Annual report of the Punjab Veterinary College and of the Civil Veterinary Department, Punjab - 1894-1908
Year: 1894
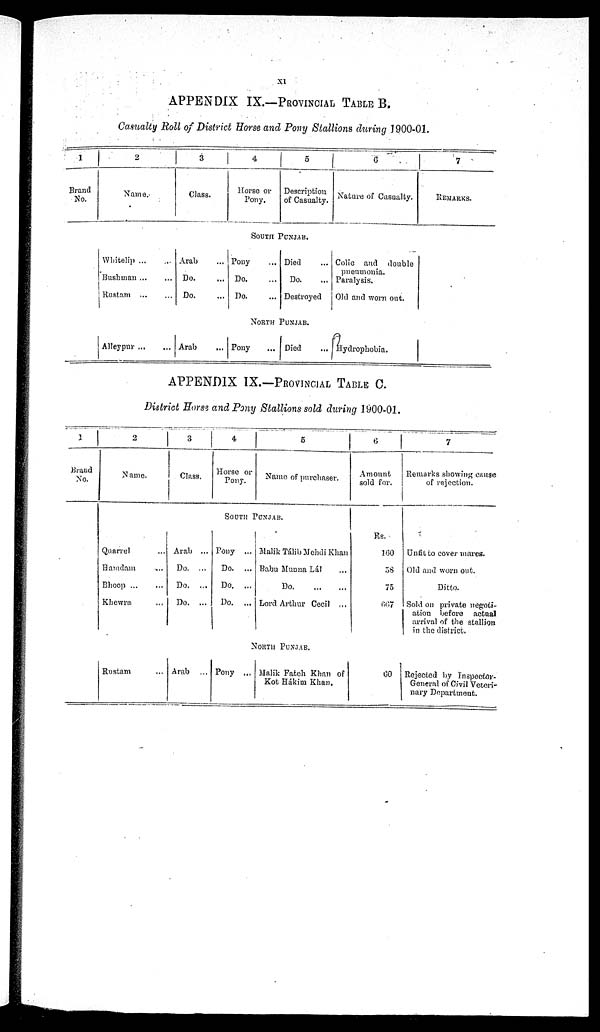
xi
APPENDIX IX.—PROVINCIAL T A B L E B.
Casualty Roll of District Horse and Pony Stallions during 1900-01.
1
Brand
No.
2
Name.
Whitelip ... ...
Bushman ... ...
Rustatn
...
...
Alleypur ... ...
3
Class.
Arab ...
Do. ...
Do. ...
Arab ...
4
Horse or
Pony.
5
Description
of Casualty.
SOUTH PUNJAB.
Pony ...
Do. ...
Do. ...
Died ...
Do. ...
Destroyed
NORTH PUNJAB.
Pony ...
Died ...
6
Nature of Casualty.
Colic and double
pneumonia.
Paralysis.
Old and worn out.
Hydrophobia.
7
REMARKS.
APPENDIX IX.—PROVINCIAL TABLE C.
District Horse and Pony Stallions sold during 1900-01.
1
Brand
No.
2
Name.
Quarrel ...
Hamdam ...
Bhoop
...
...
Khewra ...
Rustam ...
3
Class.
Arab ...
Do. ...
Do. ...
Do. ...
Arab ...
4
Horse or
Pony.
5
Name of purchaser.
SOUTH PUNJAB.
Pony ...
Do. ...
Do. ...
Do. ...
Malik Tálib Mehdi Khan
Babu Munna Lál ...
Do.
...
...
Lord Arthur Cecil ...
NORTH PUNJAB.
Pony ... Malik Fateh Khan of
Kot Hákim Khan.
6
Amount
sold for.
Rs.
160
58
75
667
60
7
Remarks showing cause
of rejection.
Unfit to cover mares.
Old and worn out.
Ditto.
Sold on private negoti-
ation before actual
arrival of the stallion
in the district.
Rejected by inspector-
General of Civil Veteri-
nary Department.